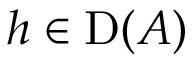
h \in \operatorname { D } ( A )